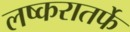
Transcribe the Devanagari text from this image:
लष्करातर्फे